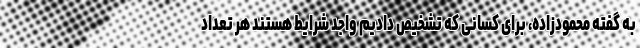
به گفته محمودزاده، برای کسانی که تشخیص دادیم واجد شرایط هستند هر تعداد